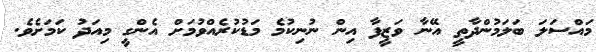
މައްސަލަ ބަލަމުންދާތީ އޭނާ ވަޒީފާ އިން ނުނިކުމެ މަޑުކުރެއްވުމަށް އެންގީ މިއަދު ކަމަށެވެ.